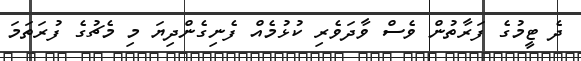
ދެ ޓީމުގެ ފަރާތުން ވެސް ވާދަވެރި ކުޅުމެއް ފެނިގެންދިޔަ މި މެޗުގެ ފުރަތަމަ